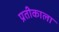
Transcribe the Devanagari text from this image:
प्रतीकाला